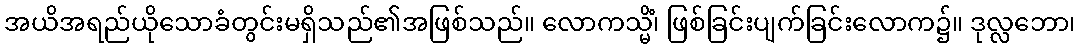
အယိအရည်ယိုသောခံတွင်းမရှိသည်၏အဖြစ်သည်။ လောကသ္မိံ၊ ဖြစ်ခြင်းပျက်ခြင်းလောက၌။ ဒုလ္လဘော၊